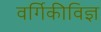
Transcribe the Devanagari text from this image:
वर्गिकीविज्ञ